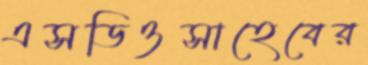
এসডিওসাহেবের